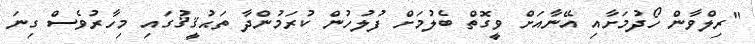
"ރިލްވާން ހޯދުމަށާއި އޭނާއަށް ވީގޮތް ބެލުމަށް ފުލުހުން ކުރަމުންދާ ތަޙުޤީޤުގައި މިހާރުވެސް ގިނަ